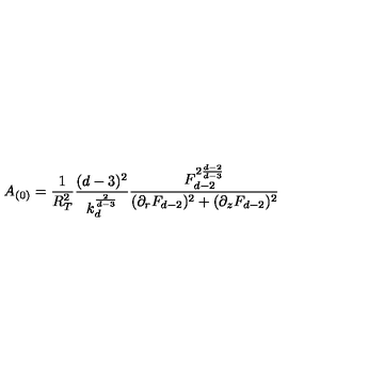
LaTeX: A _ { ( 0 ) } = \frac { 1 } { R _ { T } ^ { 2 } } \frac { ( d - 3 ) ^ { 2 } } { k _ { d } ^ { \frac { 2 } { d - 3 } } } \frac { F _ { d - 2 } ^ { 2 \frac { d - 2 } { d - 3 } } } { ( \partial _ { r } F _ { d - 2 } ) ^ { 2 } + ( \partial _ { z } F _ { d - 2 } ) ^ { 2 } }